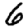
Digit: 6